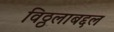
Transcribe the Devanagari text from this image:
विठ्ठलाबद्दल